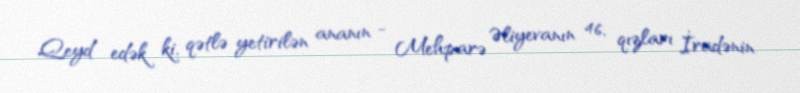
Qeyd edək ki, qətlə yetirilən ananın - Mehparə Əliyevanın 46, qızları İradənin